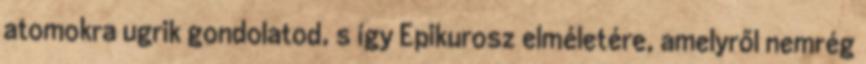
atomokra ugrik gondolatod, s így Epikurosz elméletére, amelyről nemrég